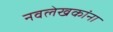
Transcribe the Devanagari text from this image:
नवलेखकांना